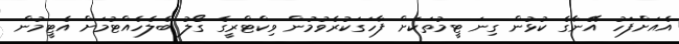
އެއަށްފަހު އޭނާގެ ކުޅުން ގިނަ ޓީމުތަކަށް ފާހަގަކުރެވުމުން ވިކްޓްރީގެ ގޯލު ބެލެހެއްޓުމަށް އެޓީމުން